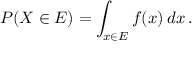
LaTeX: P ( X \in E ) = \int _ { x \in E } f ( x ) \, d x \, .